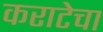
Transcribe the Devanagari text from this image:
कराटेचा